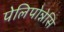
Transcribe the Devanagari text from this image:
पेलिपोन्नेसि